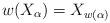
LaTeX: \begin{align*} w(X_{\alpha})=X_{w(\alpha)}\end{align*}